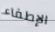
الإطفاء